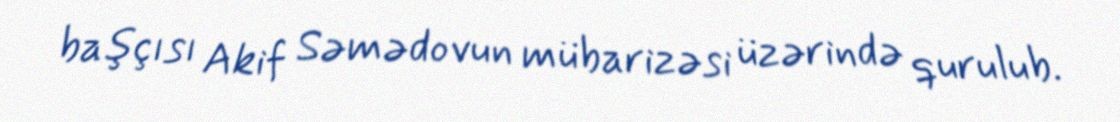
başçısı Akif Səmədovun mübarizəsi üzərində qurulub.